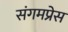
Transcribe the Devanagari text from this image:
संगमप्रेस